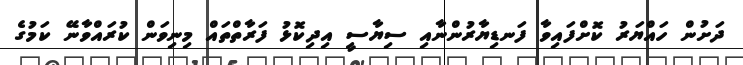
ދަށުން ހައްޔަރު ކޮށްފައިވާ ފަނޑިޔާރުންނާއި ސިޔާސީ އިދިކޮޅު ފަރާތްތައް މިނިވަން ކުރައްވާނޭ ކަމުގެ